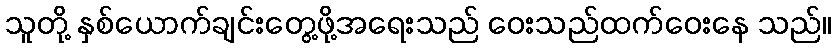
သူတို့ နှစ်ယောက်ချင်းတွေ့ဖို့အရေးသည် ဝေးသည်ထက်ဝေးနေ သည်။